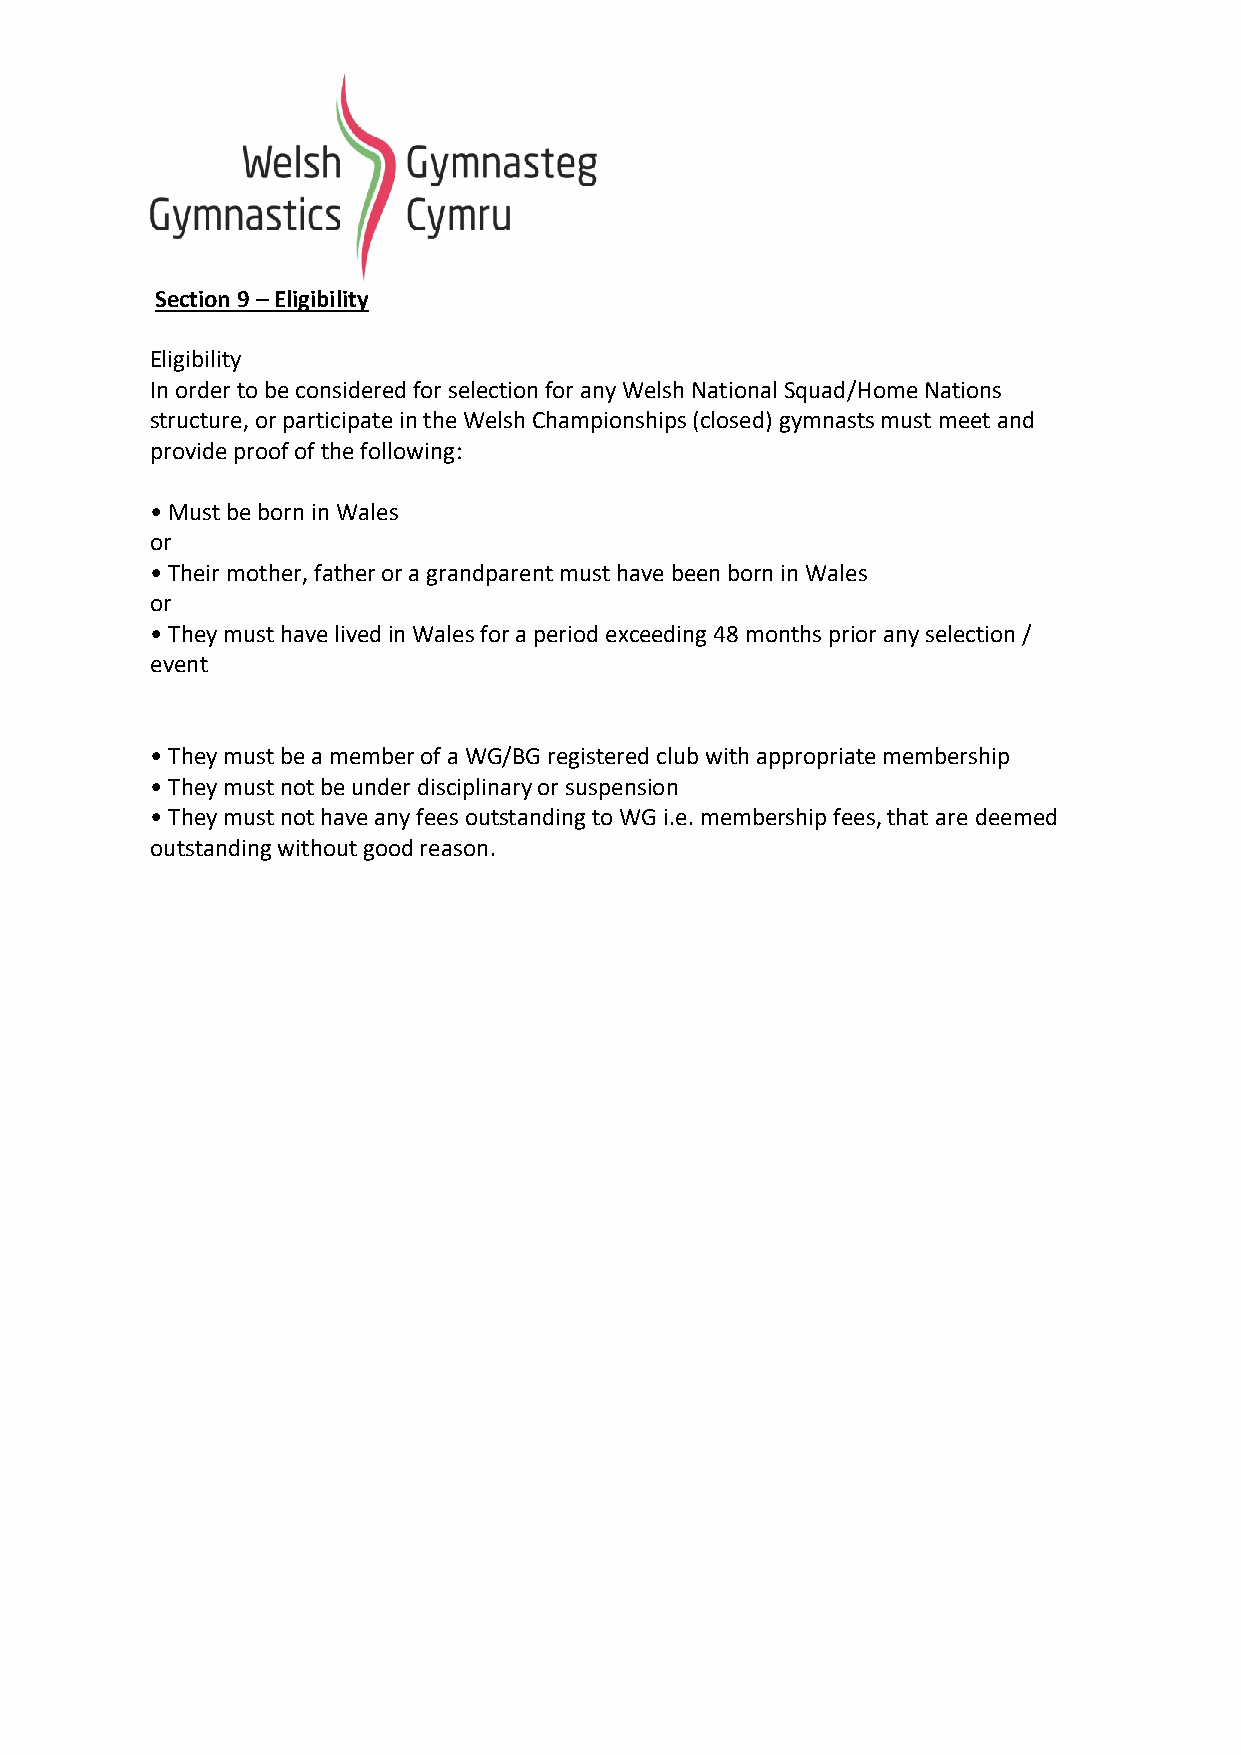
Section 9 – Eligibility
 Eligibility
 In order to be considered for selection for any Welsh National Squad/Home Nations
 structure, or participate in the Welsh Championships (closed) gymnasts must meet and
 provide proof of the following:
 • Must be born in Wales
 or
 • Their mother, father or a grandparent must have been born in Wales
 or
 • They must have lived in Wales for a period exceeding 48 months prior any selection /
 event
 • They must be a member of a WG/BG registered club with appropriate membership
 • They must not be under disciplinary or suspension
 • They must not have any fees outstanding to WG i.e. membership fees, that are deemed
 outstanding without good reason.